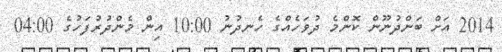
2014 އަށް ބަންދުނޫން ކޮންމެ ދުވަހެއްގެ ހެނދުނު 10:00 އިން މެންދުރުުފަހުގެ 04:00